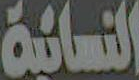
النسائية